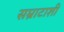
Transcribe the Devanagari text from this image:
सम्राटाशी